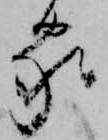
家